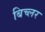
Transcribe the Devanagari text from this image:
बिच्लर